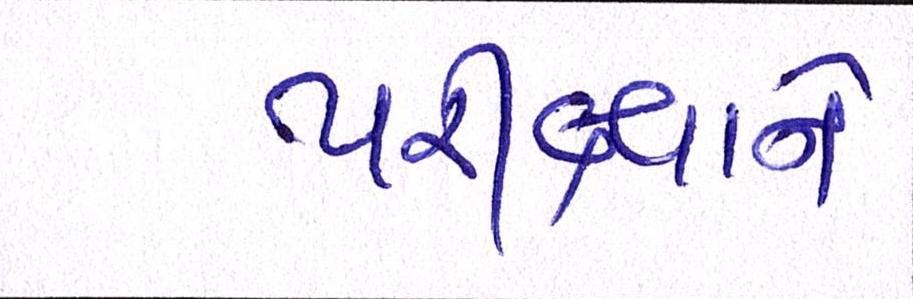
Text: પરીક્ષાને